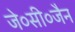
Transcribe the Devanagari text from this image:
जे०सी०जैन